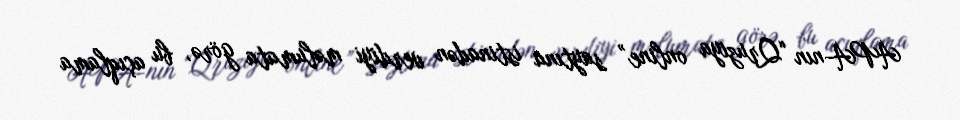
APA-nın “Qruziya online” saytına istinadən verdiyi məlumata görə, bu açıqlama